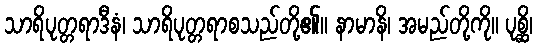
သာရိပုတ္တရာဒီနံ၊ သာရိပုတ္တရာစသည်တို့၏။ နာမာနိ၊ အမည်တို့ကို။ ပုစ္ဆိ၊